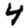
Digit: 4